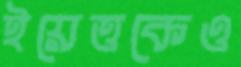
ইয়েত্তকেও